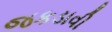
જકડાવી